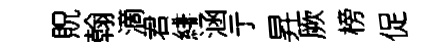
貺翰滴君緋涵亍昇厥榜促